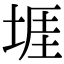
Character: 堐